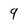
Character: 9